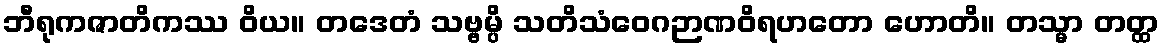
ဘီရုကဇာတိကဿ ဝိယ။ တဒေတံ သဗ္ဗမ္ပိ သတိသံဝေဂဉာဏဝိရဟတော ဟောတိ။ တသ္မာ တတ္ထ